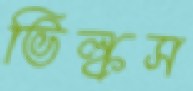
ভিল্কস